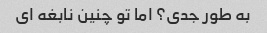
به طور جدی؟ اما تو چنین نابغه ای